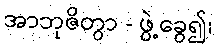
အာဘုဇိတွာ - ဖွဲ့ခွေ၍၊